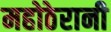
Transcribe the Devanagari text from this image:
महोठेरानी